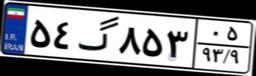
۸۳گ۸۵۲۸۵